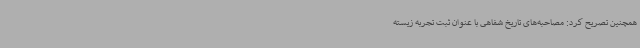
همچنین تصریح کرد: مصاحبه‌های تاریخ شفاهی با عنوان ثبت تجربه زیسته